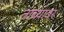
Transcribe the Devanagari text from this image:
तांब्यावर